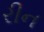
રીન